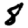
Digit: 8